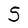
Character: S